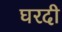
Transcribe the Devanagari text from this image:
घरदी